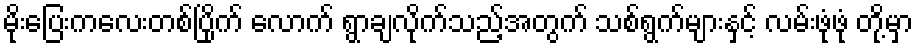
မိုးပြေးကလေးတစ်ပြိုက် လောက် ရွာချလိုက်သည့်အတွက် သစ်ရွက်များနှင့် လမ်းဖုံဖုံ တို့မှာ